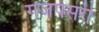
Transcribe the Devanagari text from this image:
गजपेसरी